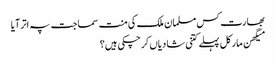
بھارت کس مسلمان ملک کی منت سماجت پہ اتر آیا
میگھن مارکل پہلے کتنی شادیاں کرچکی ہیں؟